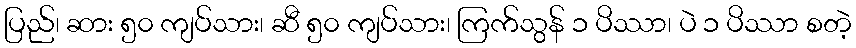
ပြည်၊ ဆား ၅၀ ကျပ်သား၊ ဆီ ၅၀ ကျပ်သား၊ ကြက်သွန် ၁ ပိဿာ၊ ပဲ ၁ ပိဿာ စတဲ့